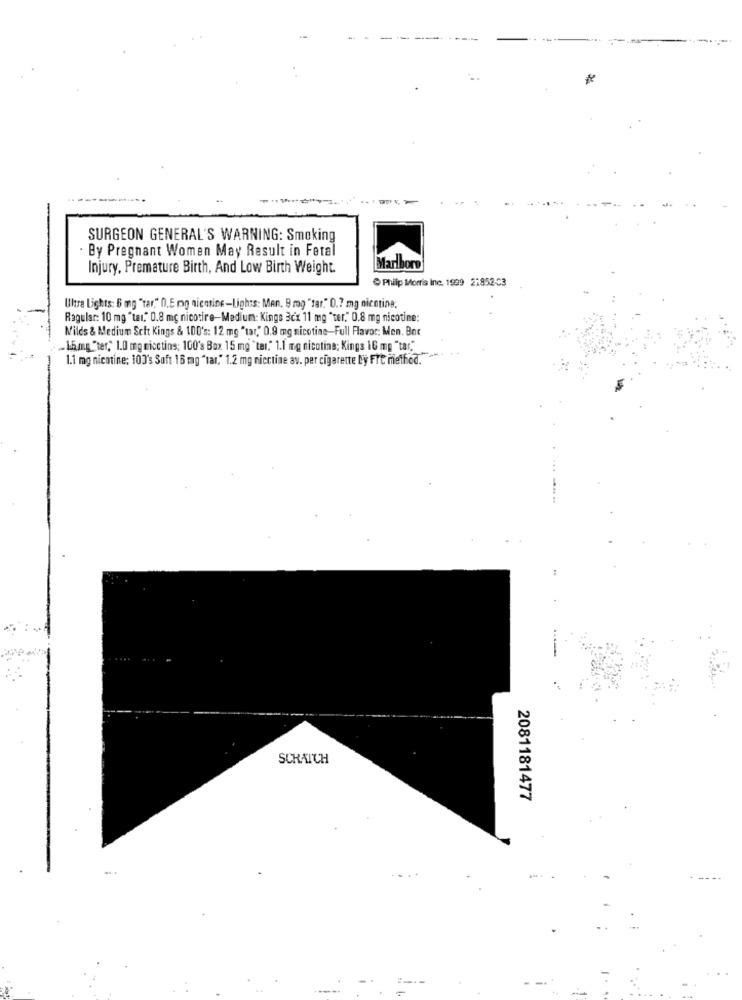
SURGEON GENERAL'S WARNING: Smoking
By Pregnant Women May Result in Fetal
Injury, Premature Birth, And Low Birth Weight.
Marlboro
Philip Morris Inc. 1999 21852-33
Ultra Lights: 6 mg "tar." 0).E mg nicmine-Lights: Man. 9 mg "tar." 0.7 mg nicotina.
Ragular: 10 mg "tal." 0.8 mg nicotire-Medium: Kings 3cx 11 mg "ter." 0.8 mg nicotine:
Milds & Medium Scht Kings & 100's: 12 mg "tar," 0.9 mg nicotine-Full Flavor: Men. Bnc
. Lfmg_"ter," 1.0 mg miccting; 100's Box 15 mg "ter." 1.1 mg nicotina; Kings 16 mg "tar,"
1.1 mg nicotine: 10]'s Soft 16 mg "tar." 1.2 mg nicctine av. per cigarette Ly FTt method."
SCRATCH
2081181477
-